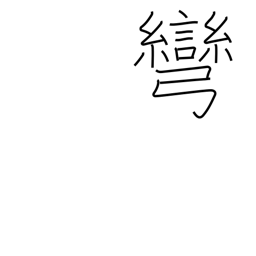
Meaning: stretching a bow